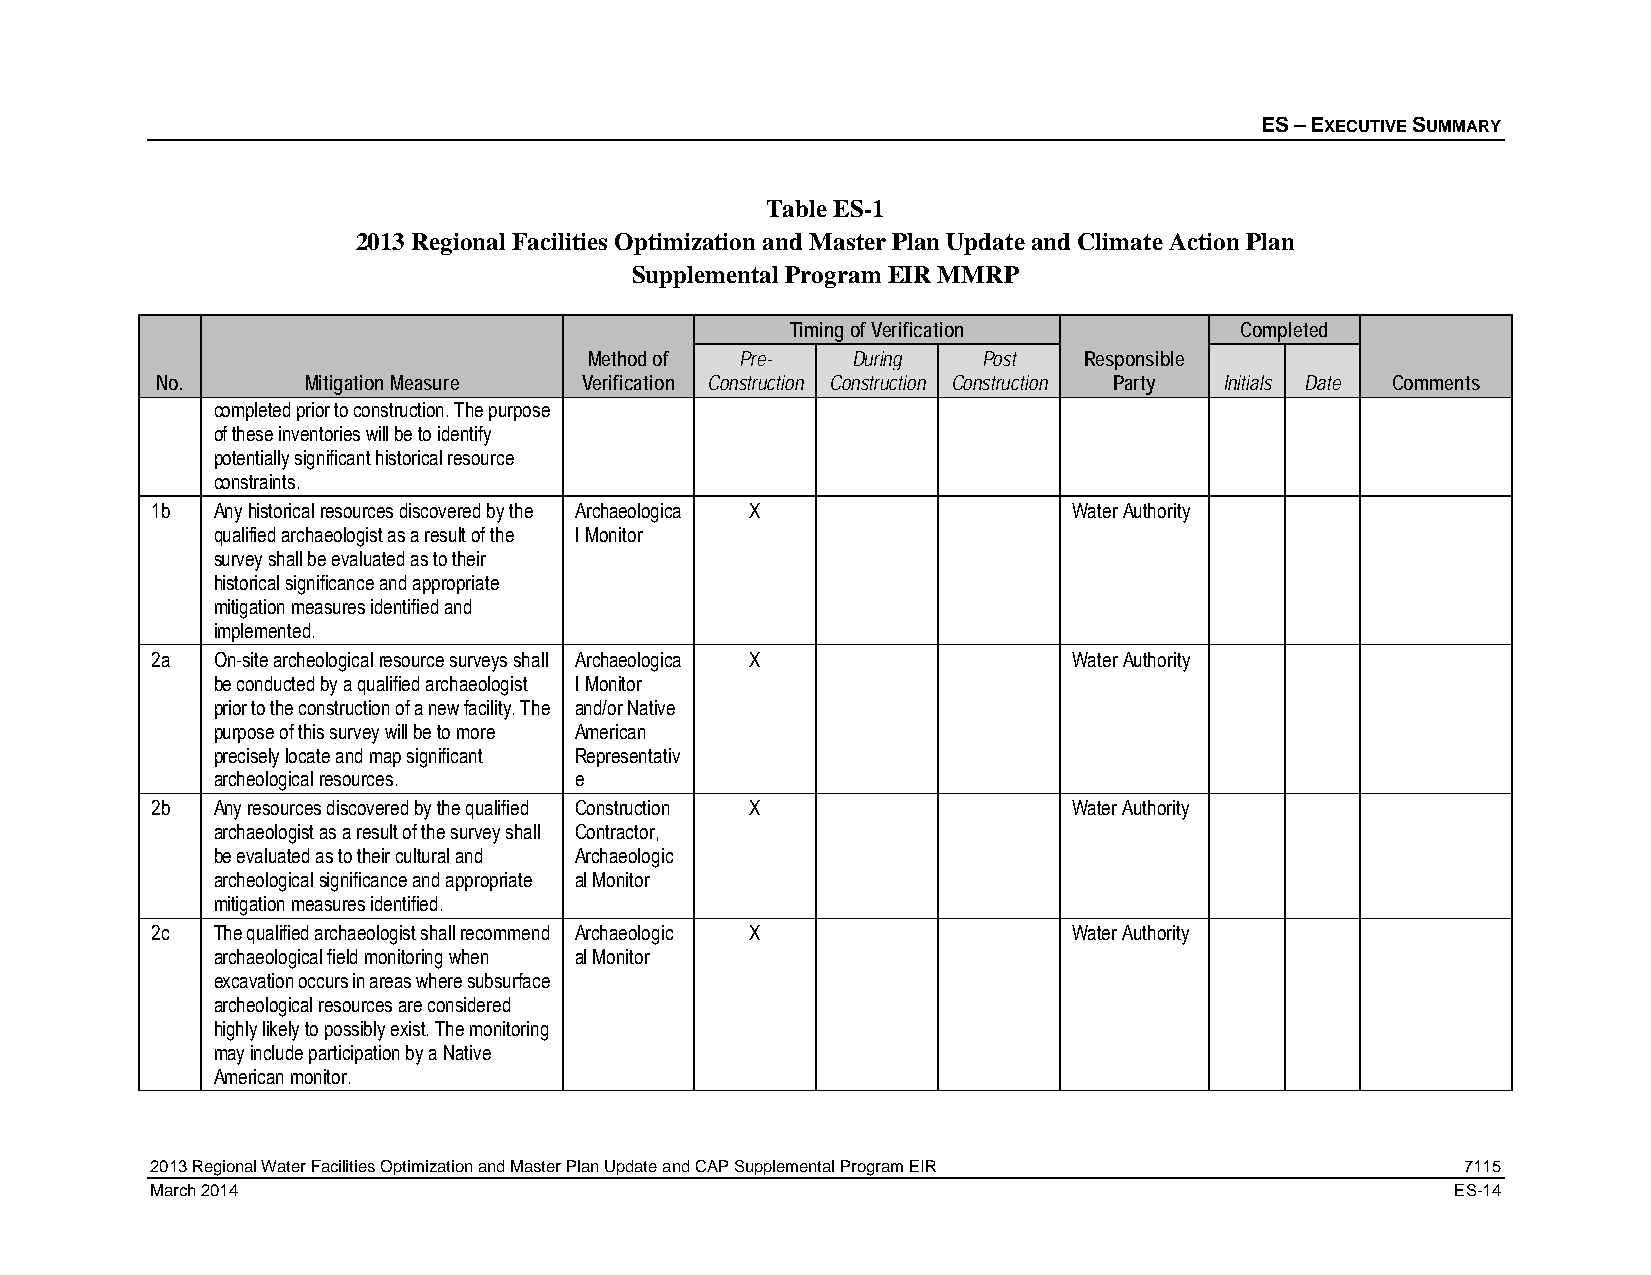
ES – EXECUTIVE SUMMARY
 Table ES-1
 2013 Regional Facilities Optimization and Master Plan Update and Climate Action Plan
 Supplemental Program EIR MMRP
 Timing of Verification        Completed
 Method of Pre-   During   Post   Responsible
 No.       Mitigation Measure Verification Construction Construction Construction Party Initials Date Comments
 completed prior to construction. The purpose
 of these inventories will be to identify
 potentially significant historical resource
 constraints.
 1b  Any historical resources discovered by the Archaeologica X Water Authority
 qualified archaeologist as a result of the l Monitor
 survey shall be evaluated as to their
 historical significance and appropriate
 mitigation measures identified and
 implemented.
 2a  On-site archeological resource surveys shall Archaeologica X Water Authority
 be conducted by a qualified archaeologist l Monitor
 prior to the construction of a new facility. The and/or Native
 purpose of this survey will be to more American
 precisely locate and map significant Representativ
 archeological resources. e
 2b  Any resources discovered by the qualified Construction X Water Authority
 archaeologist as a result of the survey shall Contractor,
 be evaluated as to their cultural and Archaeologic
 archeological significance and appropriate al Monitor
 mitigation measures identified.
 2c  The qualified archaeologist shall recommend Archaeologic X Water Authority
 archaeological field monitoring when al Monitor
 excavation occurs in areas where subsurface
 archeological resources are considered
 highly likely to possibly exist. The monitoring
 may include participation by a Native
 American monitor.
 2013 Regional Water Facilities Optimization and Master Plan Update and CAP Supplemental Program EIR 7115
 March 2014                                                                            ES-14